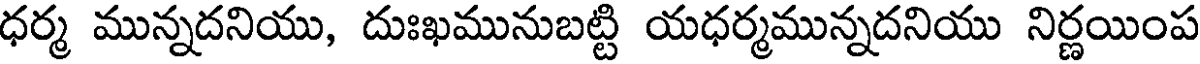
ధర్మ మున్నదనియు, దుఃఖమునుబట్టి యధర్మమున్నదనియు నిర్ణయింప